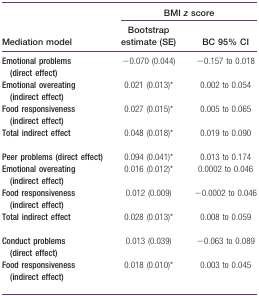
<table><thead><tr><td></td><td colspan="2"><b>BMI <i>z</i> score</b></td></tr><tr><td><b>Mediation model</b></td><td><b>Bootstrap estimate (SE)</b></td><td><b>BC 95% CI</b></td></tr></thead><tbody><tr><td><b>Emotional problems (direct effect)</b></td><td>−0.070 (0.044)</td><td>−0.157 to 0.018</td></tr><tr><td><b>Emotional overeating (indirect effect)</b></td><td>0.021 (0.013)*</td><td>0.002 to 0.054</td></tr><tr><td><b>Food responsiveness (indirect effect)</b></td><td>0.027 (0.015)*</td><td>0.005 to 0.065</td></tr><tr><td><b>Total indirect effect</b></td><td>0.048 (0.018)*</td><td>0.019 to 0.090</td></tr><tr><td><b>Peer problems (direct effect)</b></td><td>0.094 (0.041)*</td><td>0.013 to 0.174</td></tr><tr><td><b>Emotional overeating (indirect effect)</b></td><td>0.016 (0.012)*</td><td>0.0002 to 0.046</td></tr><tr><td><b>Food responsiveness (indirect effect)</b></td><td>0.012 (0.009)</td><td>−0.0002 to 0.046</td></tr><tr><td><b>Total indirect effect</b></td><td>0.028 (0.013)*</td><td>0.008 to 0.059</td></tr><tr><td><b>Conduct problems (direct effect)</b></td><td>0.013 (0.039)</td><td>−0.063 to 0.089</td></tr><tr><td><b>Food responsiveness (indirect effect)</b></td><td>0.018 (0.010)*</td><td>0.003 to 0.045</td></tr></tbody></table>